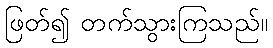
ဖြတ်၍ တက်သွားကြသည်။